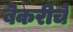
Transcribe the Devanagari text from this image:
बेकरीचे